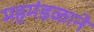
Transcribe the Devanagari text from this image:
महमंडळाने